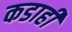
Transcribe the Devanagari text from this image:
कडाही